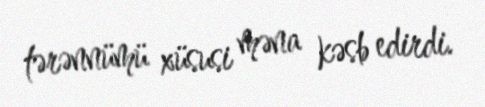
tərənnümü xüsusi məna kəsb edirdi.